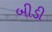
બીડી